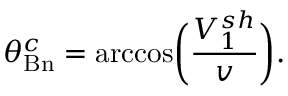
\theta _ { \mathrm { B n } } ^ { c } = \operatorname { a r c c o s } \biggr ( \frac { V _ { 1 } ^ { s h } } { v } \biggl ) .